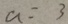
a = 3